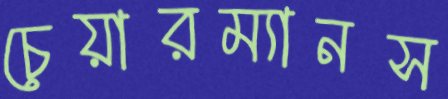
চেয়ারম্যানস